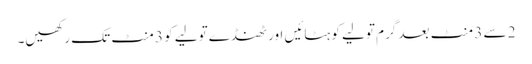
2 سے 3 منٹ بعد گرم تولیے کو ہٹائیں اور ٹھنڈے تولیے کو 3 منٹ تک رکھیں۔